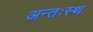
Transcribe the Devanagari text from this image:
अन्तःस्थ